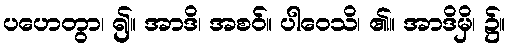
ပဟေတွာ၊ ၍။ အာဒိ၊ အစဝ်။ ပါဝေသိ၊ ၏။ အာဒိမှိ၊ ၌။